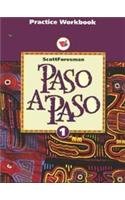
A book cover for Paso a Paso: Level 1, Practice Workbook; Addison Wesley; Teen & Young Adult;